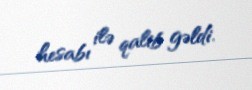
hesabı ilə qalib gəldi.